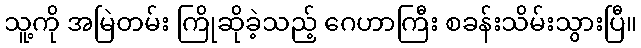
သူ့ကို အမြဲတမ်း ကြိုဆိုခဲ့သည့် ဂေဟာကြီး စခန်းသိမ်းသွားပြီ။